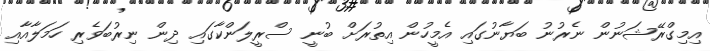
އިމިގްރޭޝަނުން ނެރުނު ބަޔާނުގައި އެމީހުން އިތުރަށް ބުނީ ސްރީލަންކާގައި ދިން ނިރުބަވެރި ހަމަލާއާއި